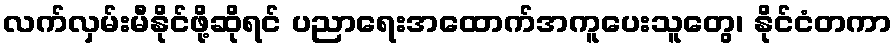
လက်လှမ်းမီနိုင်ဖို့ဆိုရင် ပညာရေးအထောက်အကူပေးသူတွေ၊ နိုင်ငံတကာ